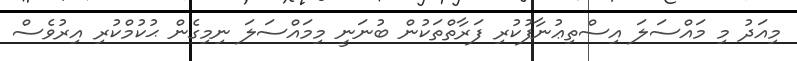
މިއަދު މި މައްސަލަ އިސްތިޢުނާފުކުރި ފަރާތްތަކުން ބުނަނީ މިމައްސަލަ ނިމިގެން ޙުކުމްކުރި އިރުވެސް